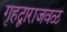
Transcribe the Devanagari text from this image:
गृहद्वाराजवळ